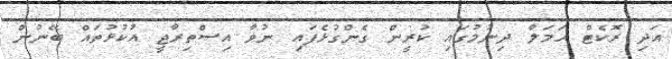
އަދި ރޮކެޓް ޙަމަލާ ދިނުމުގައި ކުރީން ގެންގުޅެފައި ނުވާ އިސްތިރާޖީ އުކުޅުތައް ބޭނުން